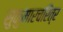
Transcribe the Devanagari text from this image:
सुकुमारचरित्र